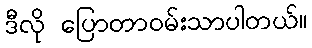
ဒီလို ပြောတာဝမ်းသာပါတယ်။